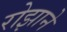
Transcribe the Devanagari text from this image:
रोझाने